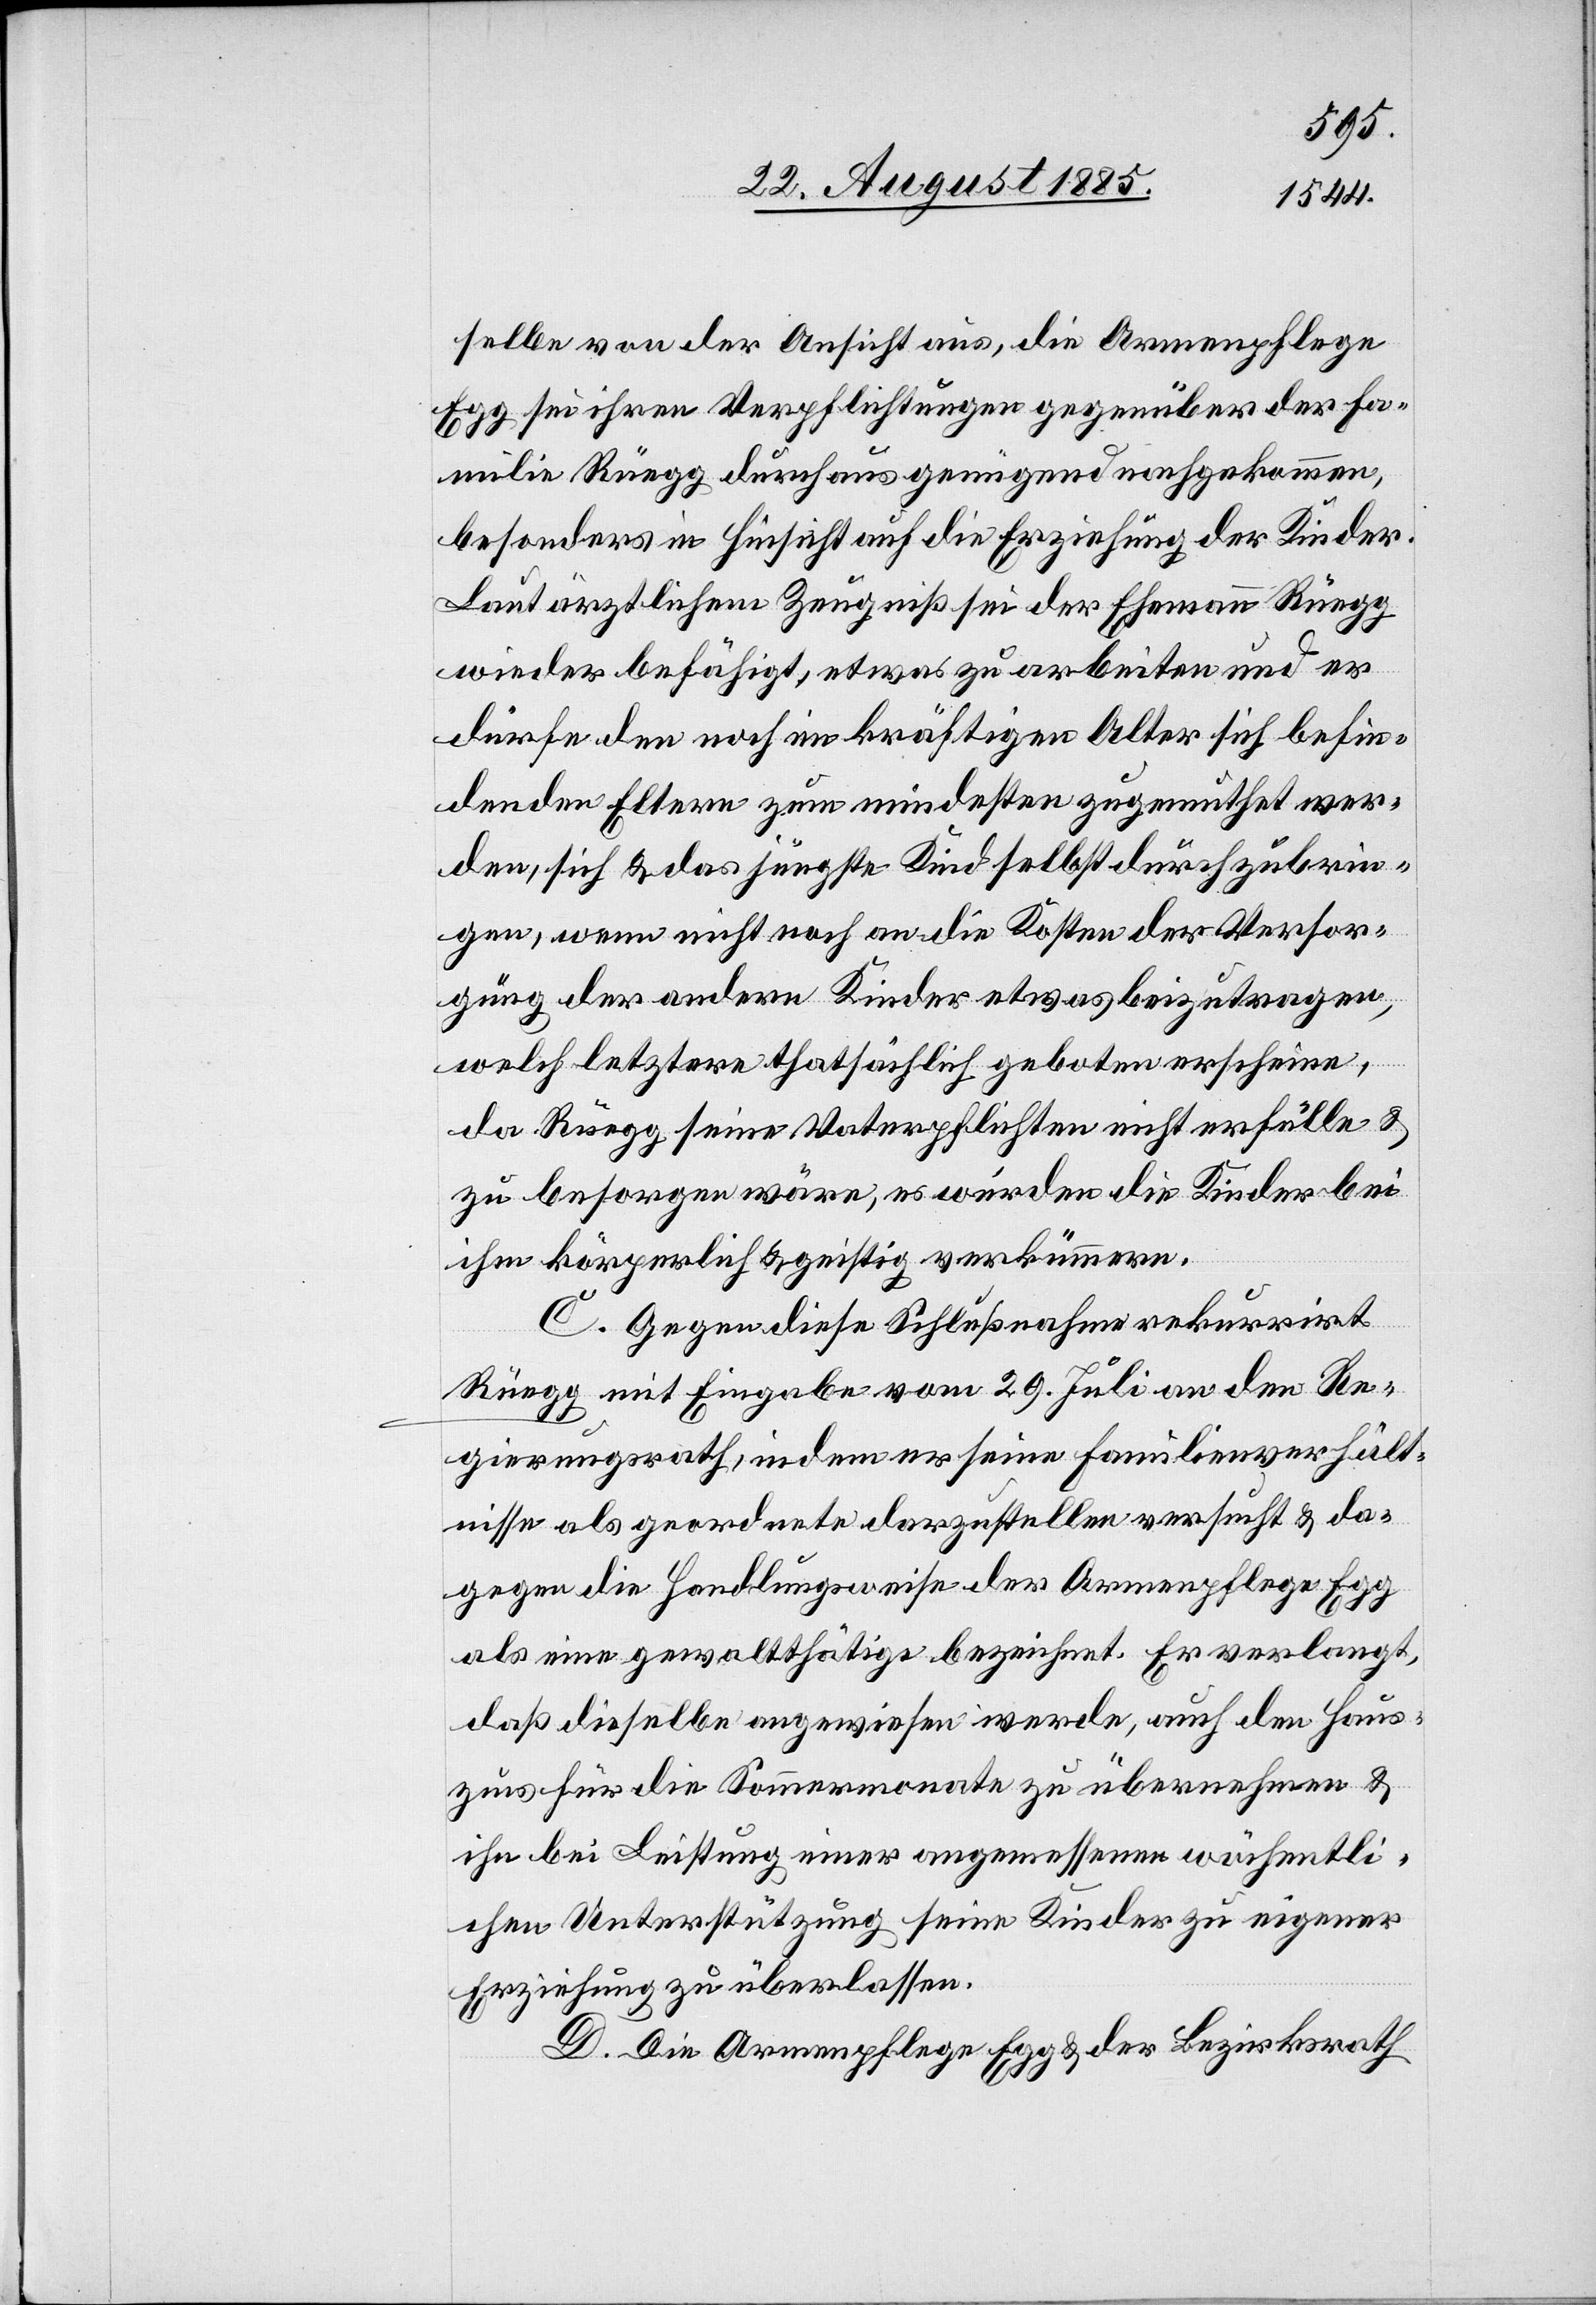
selbe von der Ansicht aus, die Armenpflege
Egg sei ihren Verpflichtungen gegenüber der Fa¬
milie Rüegg durchaus genügend nachgekommen,
besonders in Hinsicht auf die Erziehung der Kinder.
Laut ärztlichem Zeugniß sei der Ehemann Rüegg
wieder befähigt, etwas zu arbeiten und es
dürfe den noch im kräftigen Alter sich befin¬
denden Eltern zum mindesten zugemuthet wer¬
den, sich & das jüngste Kindes selbst durchzubrin¬
gen, wenn nicht noch an die Kosten der Versor¬
gung der andern Kinder etwas beizutragen,
welch letztere thatsächlich geboten erscheine,
da Rüegg seine Vaterpflichten nicht erfülle &
zu besorgen wäre, es würden die Kinder bei
ihm körperlich & geistig verkümmern.
C. Gegen diese Schlußnahme rekurrirt
Rüegg mit Eingabe vom 29. Juli an den Re¬
gierungsrath, indem er seine Familienverhält¬
nisse als geordnete darzustellen versucht & da¬
gegen die Handlungsweise der Armenpflege Egg
als eine gewaltthätige bezeichnet. Er verlangt,
daß dieselbe angewiesen werde, auch den Haus¬
zins für die Sommermonate zu übernehmen &
ihm bei Leistung einer angemessenen wöchentli¬
chen Unterstützung seine Kinder zu eigener
Erziehung zu überlassen.
D. Die Armenpflege Egg & der Bezirksrath